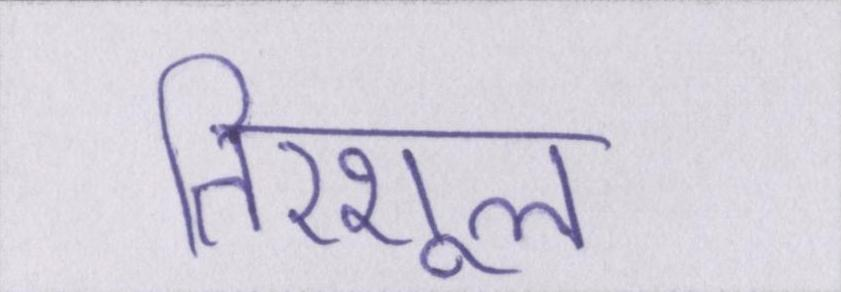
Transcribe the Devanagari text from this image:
तिरशूल